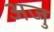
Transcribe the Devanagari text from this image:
अजु